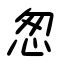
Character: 怱